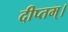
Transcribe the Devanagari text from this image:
दीप्तम्।